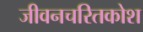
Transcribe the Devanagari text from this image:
जीवनचरितकोश